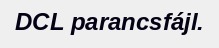
DCL parancsfájl.